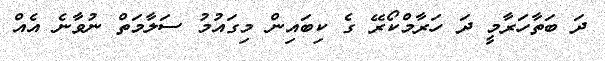
ދަ ބަތާހަރާމީ ދަ ހަރާމްކޯރޭ ގެ ކިބައިން މިގައުމު ސަލާމަތް ނުވާނެ އެއް